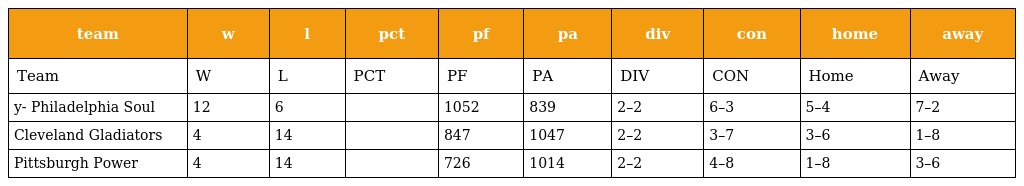
| team | w | l | pct | pf | pa | div | con | home | away |
 | --- | --- | --- | --- | --- | --- | --- | --- | --- | --- |
 | Team | W | L | PCT | PF | PA | DIV | CON | Home | Away |
 | y- Philadelphia Soul | 12 | 6 |  | 1052 | 839 | 2–2 | 6–3 | 5–4 | 7–2 |
 | Cleveland Gladiators | 4 | 14 |  | 847 | 1047 | 2–2 | 3–7 | 3–6 | 1–8 |
 | Pittsburgh Power | 4 | 14 |  | 726 | 1014 | 2–2 | 4–8 | 1–8 | 3–6 |